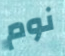
نوم